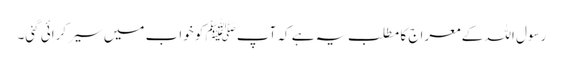
رسول اللہ کے معراج کا مطلب یہ ہے کہ آپﷺ کو خواب میں سیر کرائی گئی۔